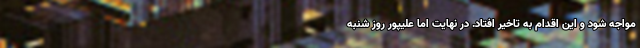
مواجه شود و این اقدام به تاخیر افتاد. در نهایت اما علیپور روز شنبه